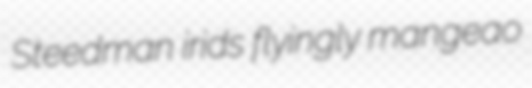
Steedman irids flyingly mangeao